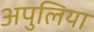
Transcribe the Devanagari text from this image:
अपुलिया